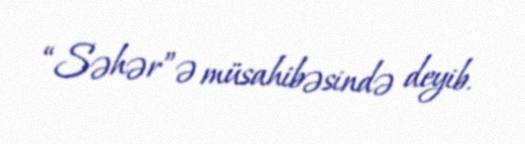
“Səhər”ə müsahibəsində deyib.